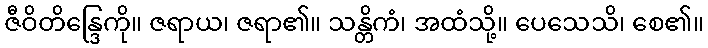
ဇီဝိတိန္ဒြေကို။ ဇရာယ၊ ဇရာ၏။ သန္တိကံ၊ အထံသို့။ ပေသေသိ၊ စေ၏။